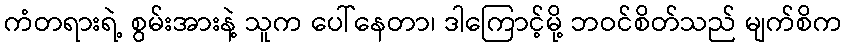
ကံတရားရဲ့ စွမ်းအားနဲ့ သူက ပေါ်နေတာ၊ ဒါကြောင့်မို့ ဘဝင်စိတ်သည် မျက်စိက